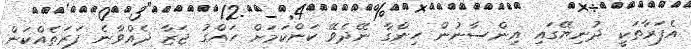
އެފަރާތަކީ ދުނިޔޭގައި އިންސާނުން ހިންގާ ނޭދެވޭ ކަންކަމަށް ހައްގު ޖަޒާ ދެއްވާނެ ފަރަތެއްކަން